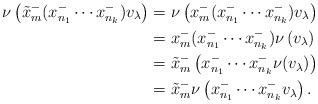
LaTeX: \begin{align*}\nu\left(\tilde x_m^-(x^-_{n_1}\cdots x^-_{n_k})v_{\lambda}\right)&=\nu\left( x_m^-(x^-_{n_1}\cdots x^-_{n_k})v_{\lambda}\right) \\&= x_m^-(x^-_{n_1}\cdots x^-_{n_k})\nu\left( v_{\lambda} \right)\\&=\tilde x_m^-\left(x^-_{n_1}\cdots x^-_{n_k}\nu(v_{\lambda})\right) \\&=\tilde x_m^-\nu\left(x^-_{n_1}\cdots x^-_{n_k}v_{\lambda}\right) .\end{align*}